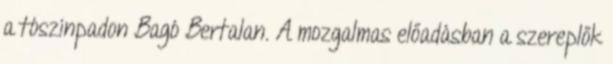
a tószínpadon Bagó Bertalan. A mozgalmas előadásban a szereplők